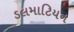
ડલમાટિયન